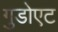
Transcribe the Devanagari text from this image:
गुडोएट